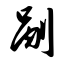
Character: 剐